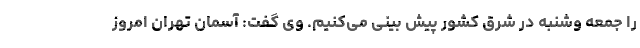
را جمعه وشنبه در شرق کشور پیش بینی می‌کنیم. وی گفت: آسمان تهران امروز